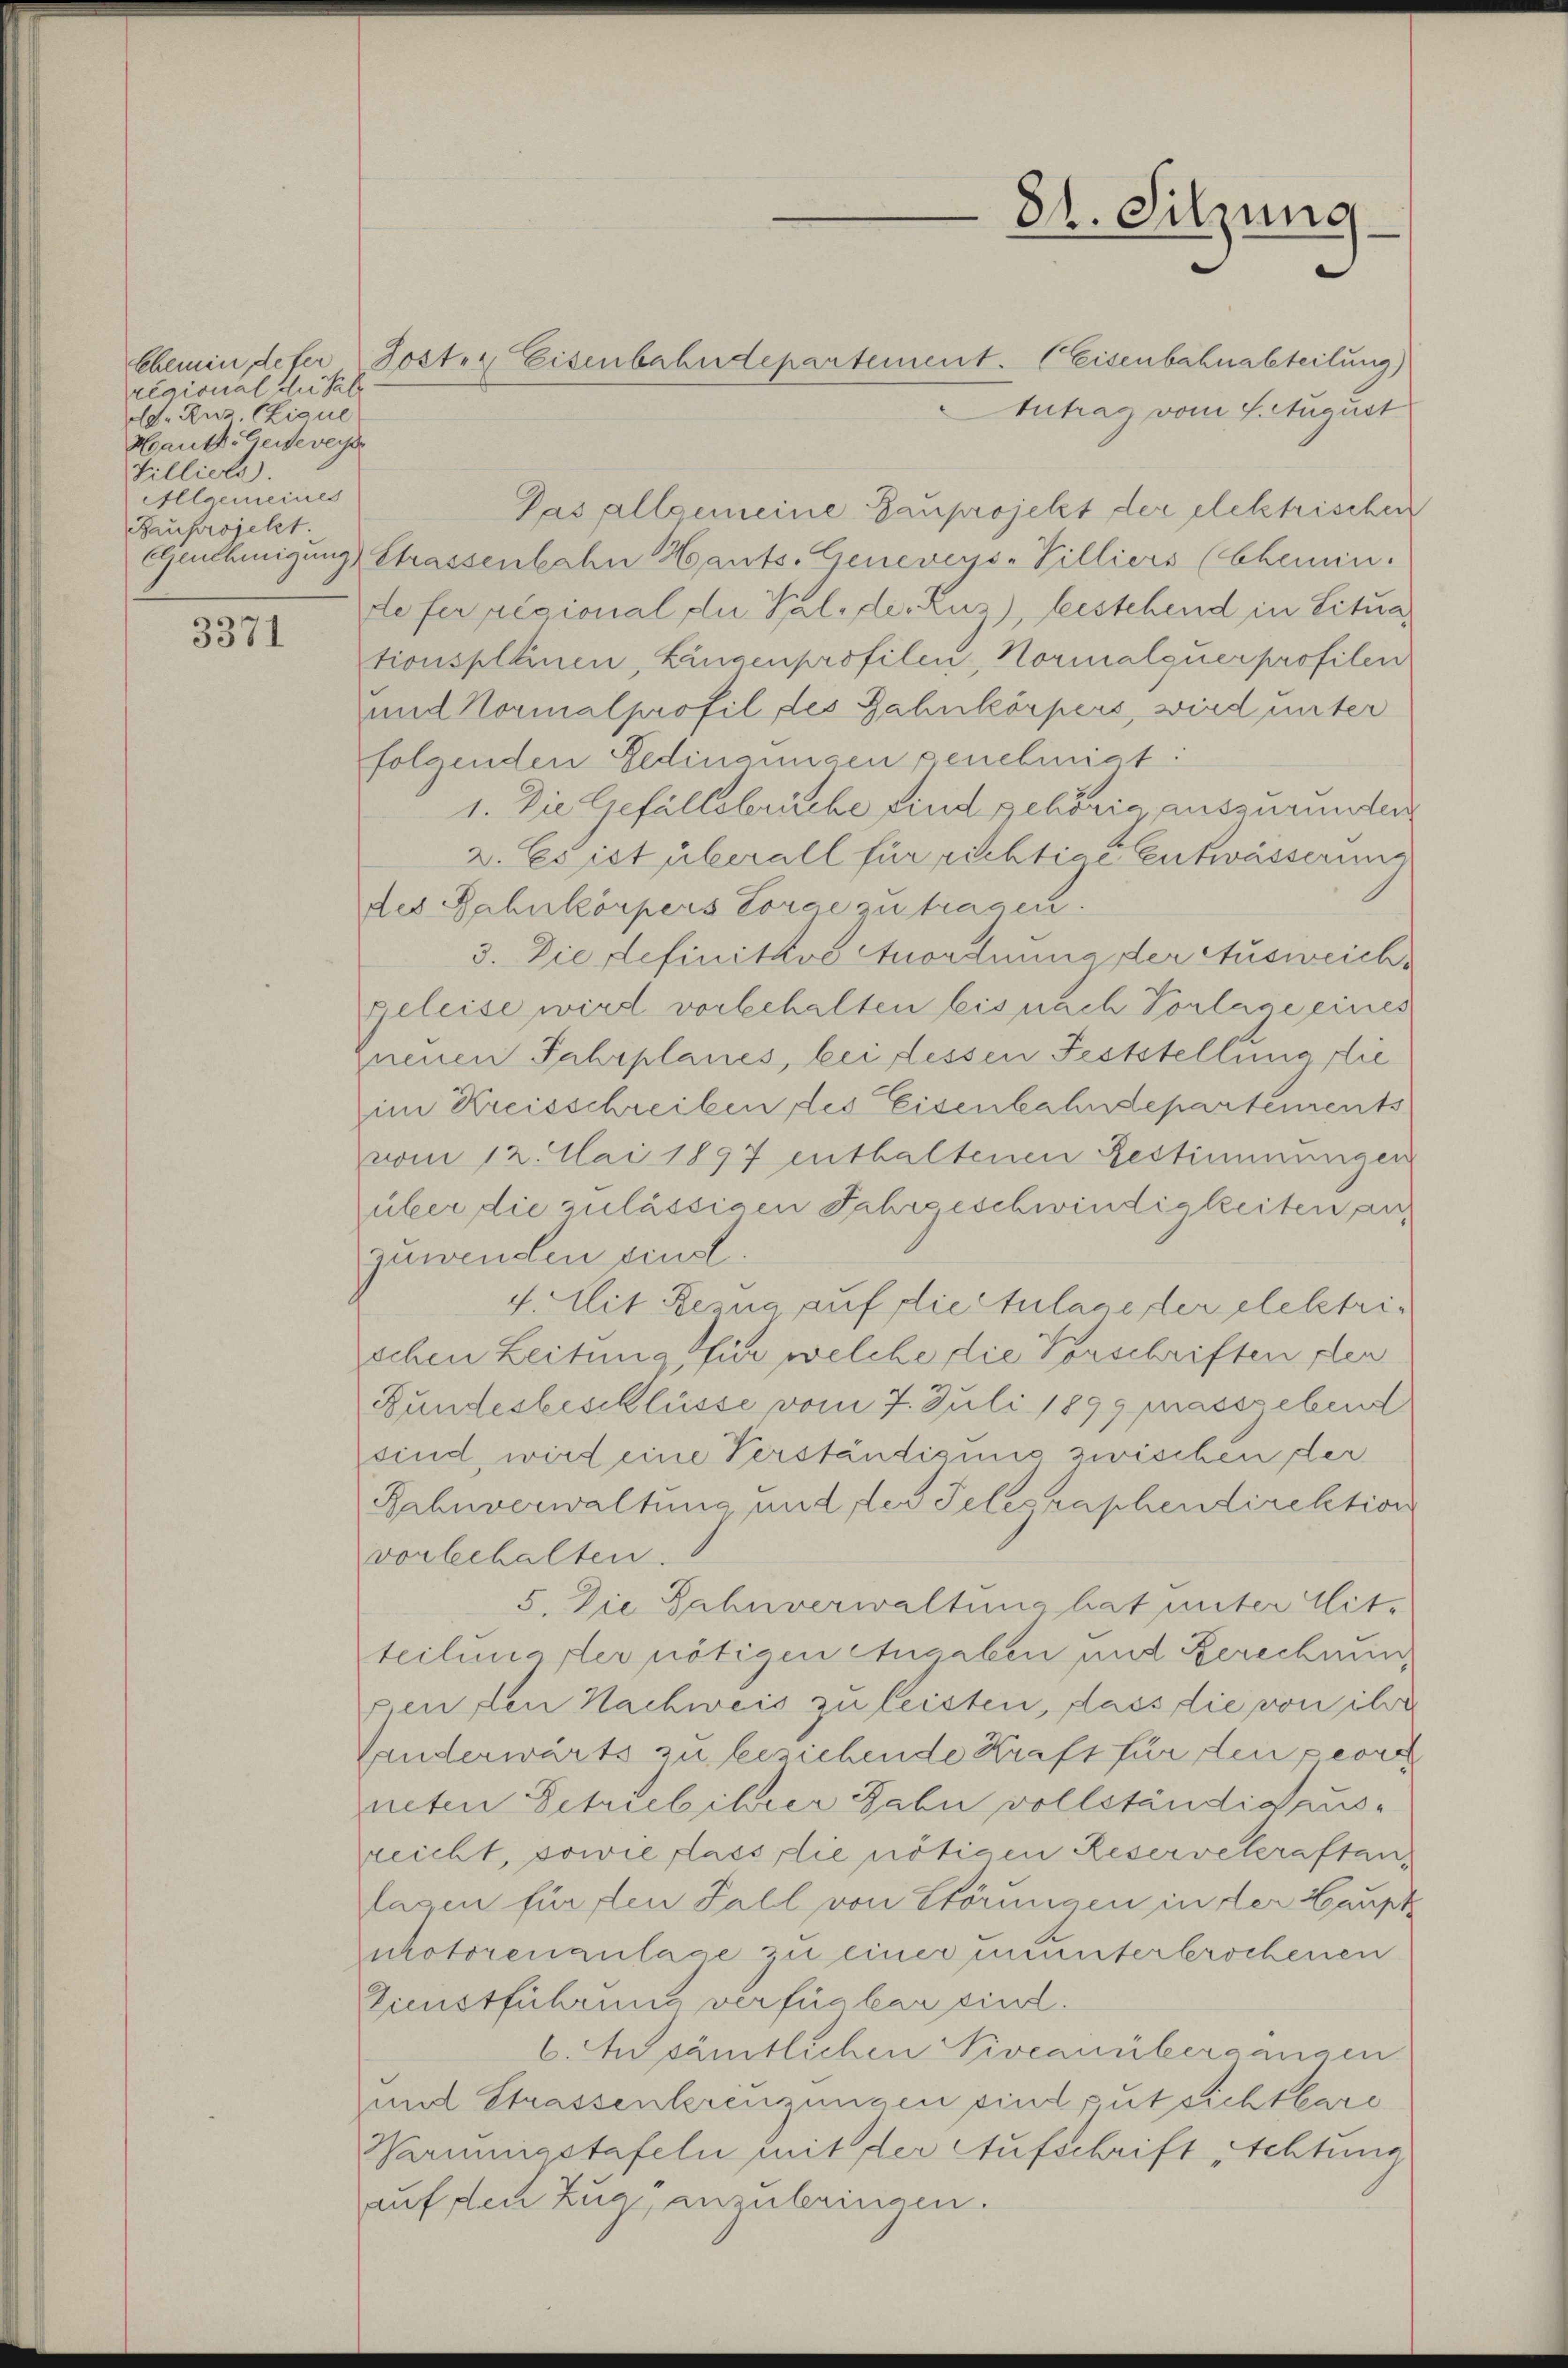
regional du tele
dd. Ruz. Chique
Hauth. Generey
Villiere
Allgemeines
Bauprojekt.

3371

Autrag vom 4. August
Das allgemeine Gauprojekt der elektrischen
Genehmigung Strassenbahn Hants. Geneveys-Villiers (Chemin.
de ferregional du Pal, der Ruz), bestehend in Situationspleinen, Lungenprofilen, Normalquer profilen
und Normalprofil des Zahnkörpers, wird unter
folgenden Gedingungen genehmigt:
1. Die Gefällsbrüche sind gehörig auszurunden
2. Es ist überall für richtige Entwässerung
des Zahnkörpers Lorge zu tragen.
3. Die definitive Anordnung der Ausweichs
geleise wird vorbehalten leis nach Vorlage eines
Ineuen Jahrplanes, bei dessen Feststellung die
im Kreisschreiben des Eisenbahndepartements
vom 12. Mai 1897 enthaltenen Bestimmungen
über die zulässigen Jahreeschwindigkeiten an
zuwenden sind.
4. Mit Berna auf diestulage der eleletrischen Leitung für welche die Vorschriften plen
Bundesbeschlüsse vom 7. Juli 1899 massgebend
sind wird eine Verständigung zwischen der
Bahnverwaltung und des Telegraphendirektion
vorbehalten
5. Die Zahnverwaltung hat unter Mitteilungster nötigen Angaben und Berechnun
pen den Nachweis zu leisten, dass die von ihre
Sanderwärts zu beziehende Kraft für den perch
neten Schriebihrer Bahn vollständig ausreicht, sowie dass die nötigen Reservekraftanlagen für den Fall von Störungen in der Haupt
nhotorenzulage zu einer ununterbrochenen
Gunstführung verfügbar sind.
6. Ausämtlichen Niveau übergängen
un Strassenkreuzungen sind gut sichtbare
Warungstafeln mit der Aufschrift sichtung
auf den Zug, anzubringen.

Chemin, defer Poster Eisenbahndepartement. Eisenbahnabteilung)

81. Sitzung